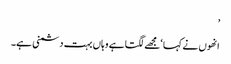
’
انھوں نے کہا ‘مجھے لگتا ہے وہاں بہت دشمنی ہے۔